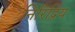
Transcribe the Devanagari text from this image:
निरिंद्रिय